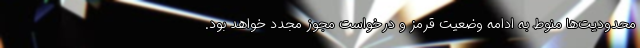
محدودیت‌ها منوط به ادامه وضعیت قرمز و درخواست مجوز مجدد خواهد بود.